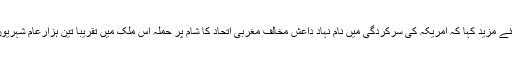
انھوں نے خطاب کرتے ہوئے مزید کہا کہ امریکہ کی سرکردگی میں نام نہاد داعش مخالف مغربی اتحاد کا شام پر حملہ اس ملک میں تقریبا تین ہزارعام شہریوں کے قتل عام کا باعث بنا۔